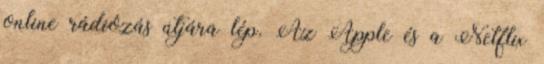
online rádiózás útjára lép. Az Apple és a Netflix